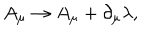
A _ { \mu } \rightarrow A _ { \mu } + \partial _ { \mu } \lambda ,